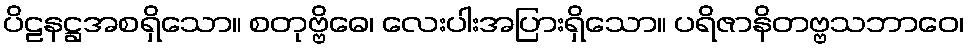
ပိဠနဋ္ဌအစရှိသော။ စတုဗ္ဗိဓေ၊ လေးပါးအပြားရှိသော။ ပရိဇာနိတဗ္ဗသဘာဝေ၊